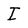
Character: I